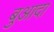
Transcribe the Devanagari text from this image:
बुआदा